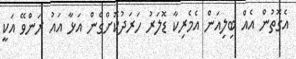
އެގޮތުން އެއް ބިލިއަން އެމެރިކާ ޑޮލަރު ހަރަދުކޮށްގެން އަޅާ އައު ރަންވޭ އަކީ